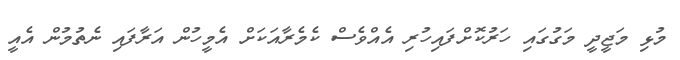
މުޅި މަޖީދީ މަގުގައި ހަރުކޮށްފައިހުރި އެއްވެސް ކެމެރާއަކަށް އެމީހުން އަރާފައި ނެތުމުން އެއީ